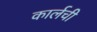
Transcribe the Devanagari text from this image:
कार्लची